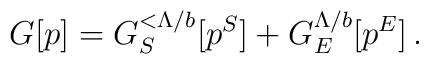
G[p]= G_S^{<\Lambda/b}[p^S] + G_E^{\Lambda/b}[p^E]\,.